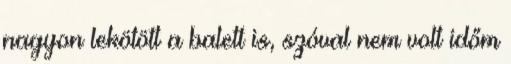
nagyon lekötött a balett is, szóval nem volt időm